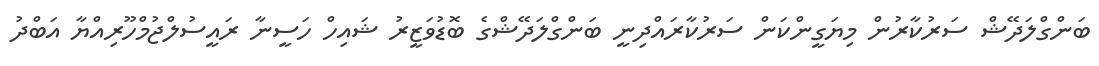
ބަންގްލަދޭޝް ސަރުކާރުން މިޔަގީންކަން ސަރުކާރައްދިނީ ބަންގްލަދޭޝްގެ ބޮޑުވަޒީރު ޝައިހް ހަސީނާ ރައީސުލްޖުމްހޫރިއްޔާ އަބްދު